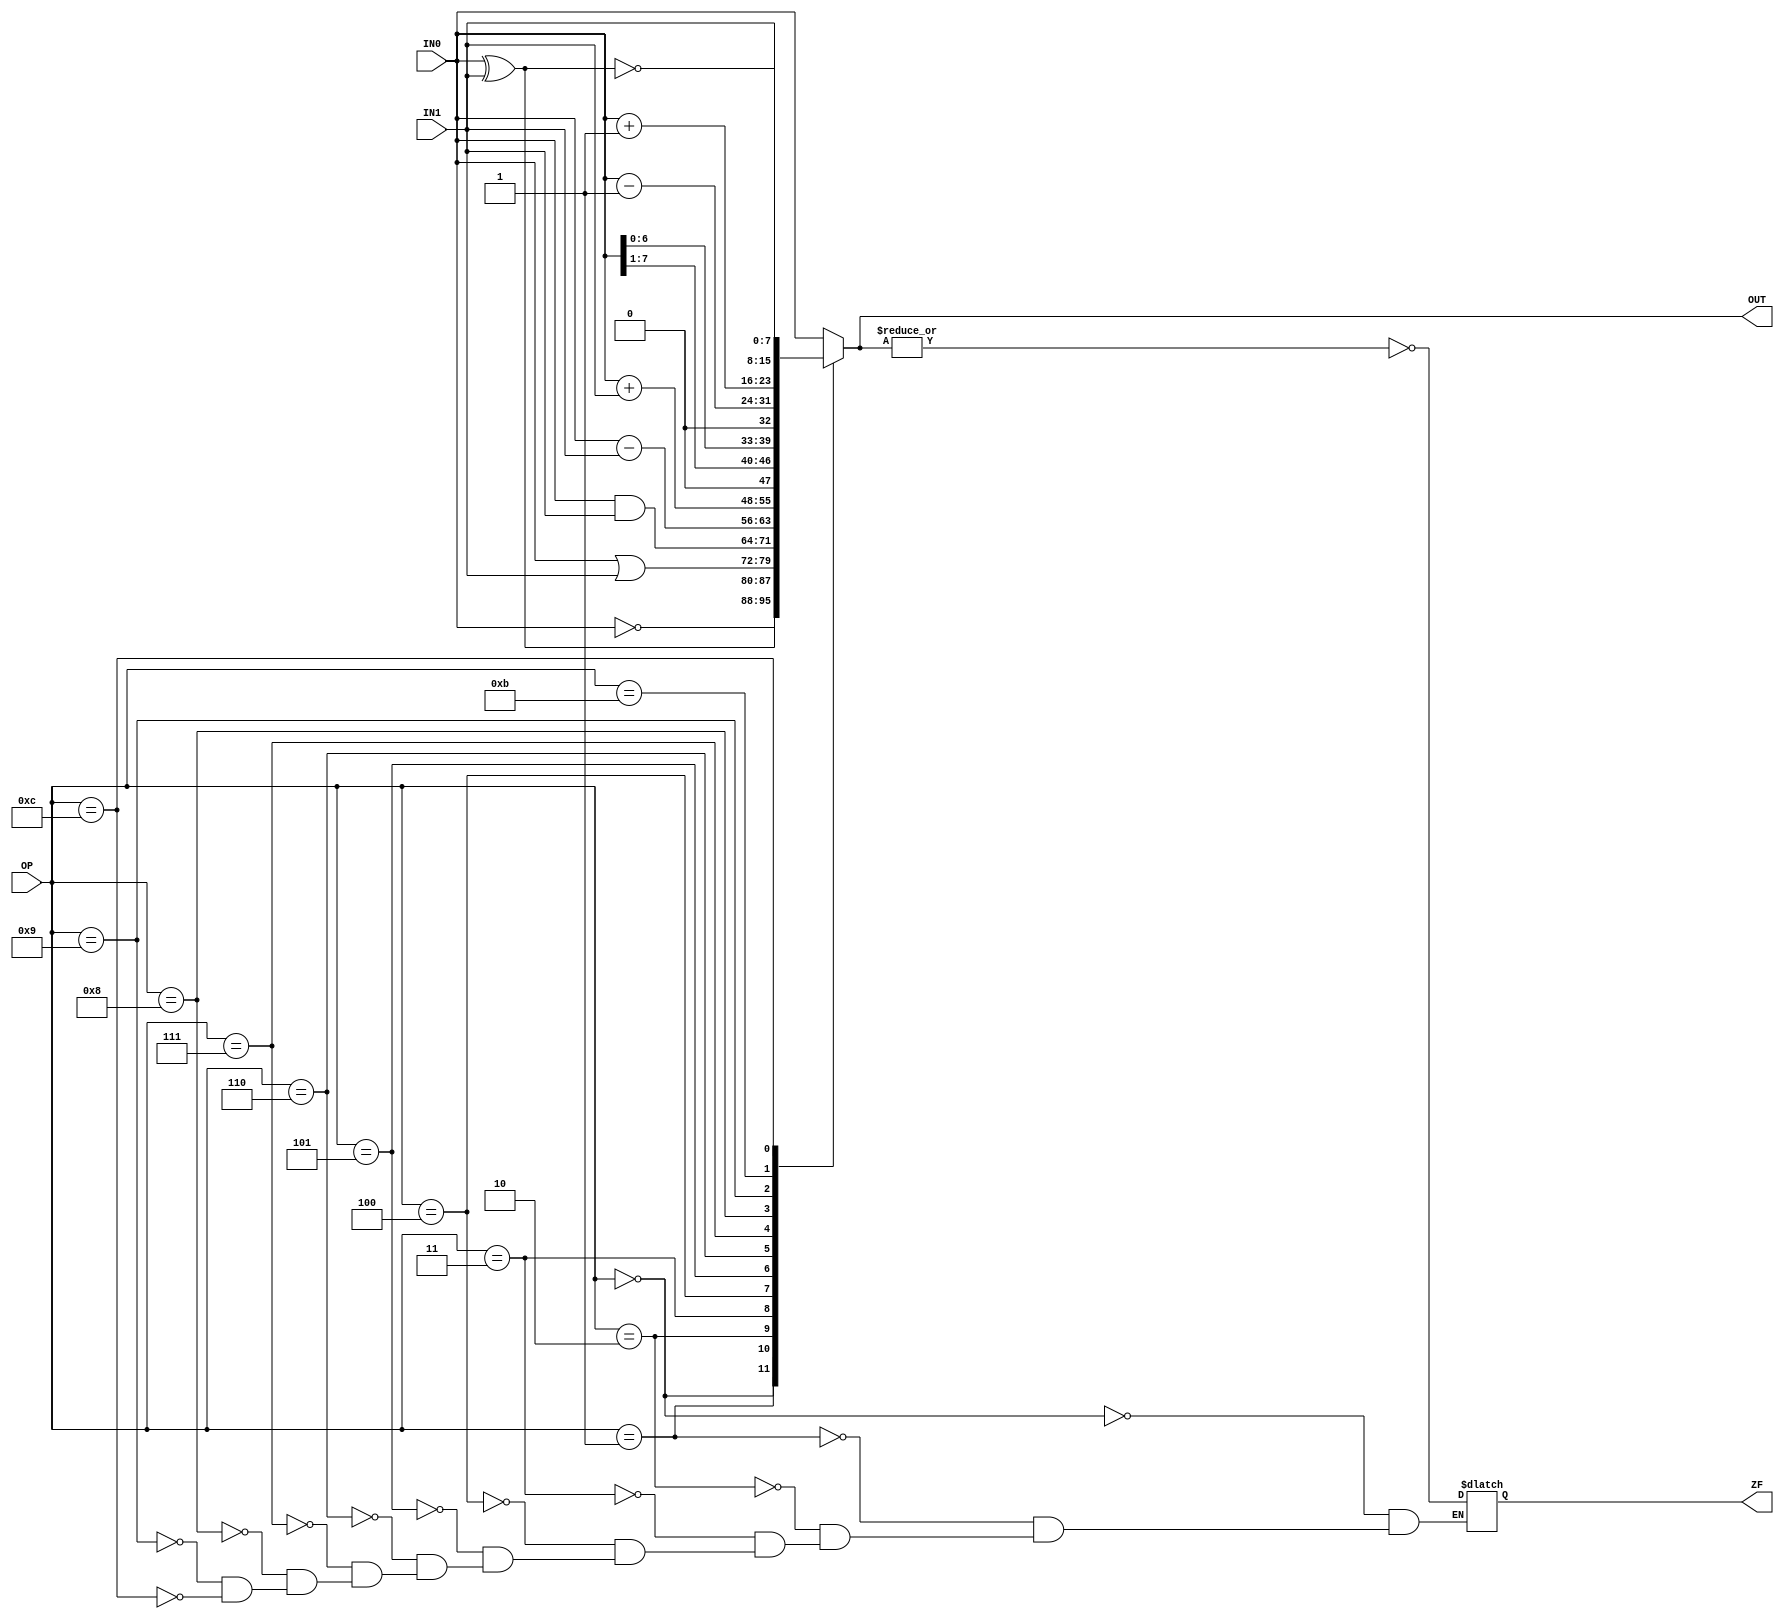
module ALU #(
	parameter DATA_WIDTH = 8) (
	input [DATA_WIDTH-1:0] IN0,
	input [DATA_WIDTH-1:0] IN1,
	input [OP_WIDTH-1:0] OP,
	output reg ZF,
	output reg [DATA_WIDTH-1:0] OUT
);

parameter OP_WIDTH = 4;

always @(*) begin
	case(OP)
		4'b0000: OUT <= ~IN0;			// NOT
		4'b0001: OUT <= IN0 ^ IN1;		// XOR
		4'b0010: OUT <= IN0 | IN1;		// OR
		4'b0011: OUT <= IN0 & IN1;		// AND
		4'b0100: OUT <= IN0 - IN1;		// SUB
		4'b0101: OUT <= IN0 + IN1;		// ADD
		4'b0110: OUT <= IN0 >> 1;		// RR
		4'b0111: OUT <= IN0 << 1;		// RL
		4'b1000: OUT <= IN0 - 1'b1;		// DEC
		4'b1001: OUT <= IN0 + 1'b1;		// INC
		4'b1010: OUT <= IN0;			// IN0
		4'b1011: OUT <= IN1;			// IN1
		4'b1100: OUT <= ~(IN0 ^ IN1);	// XNOR
		default: OUT <= IN0;
	endcase
end

always @(OUT, OP) begin
	case(OP)
		4'b0000: ZF <= ~|OUT; // NOT
		4'b0001: ZF <= ~|OUT; // XOR
		4'b0010: ZF <= ~|OUT; // OR
		4'b0011: ZF <= ~|OUT; // AND
		4'b0100: ZF <= ~|OUT; // SUB
		4'b0101: ZF <= ~|OUT; // ADD
		4'b0110: ZF <= ~|OUT; // RR
		4'b0111: ZF <= ~|OUT; // RL
		4'b1000: ZF <= ~|OUT; // DEC
		4'b1001: ZF <= ~|OUT; // INC
		4'b1100: ZF <= ~|OUT; // XNOR
		default: ZF <= ZF;
	endcase
end

endmodule